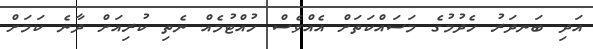
އަދި ބަނދަރު ހެދުމުގެ މަސައްކަތަށް އެއްވެސް ހުއްޓުމެއް ނެތި ކުރިއަށް ދާނެ ކަމަށް